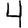
Digit: 4